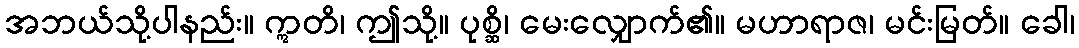
အဘယ်သို့ပါနည်း။ ဣတိ၊ ဤသို့။ ပုစ္ဆိ၊ မေးလျှောက်၏။ မဟာရာဇ၊ မင်းမြတ်။ ခေါ၊